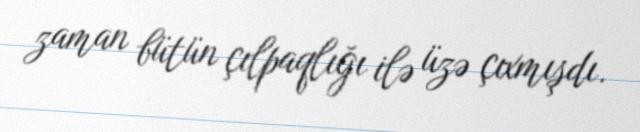
zaman bütün çılpaqlığı ilə üzə çıxmışdı.